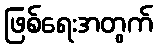
ဖြစ်ရေးအတွက်